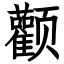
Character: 颧